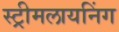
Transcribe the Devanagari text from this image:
स्ट्रीमलायनिंग